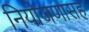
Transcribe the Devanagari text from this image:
नियोजणासह